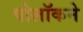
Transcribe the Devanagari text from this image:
पोलॉकने